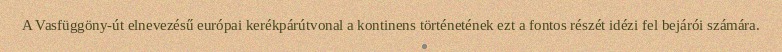
A Vasfüggöny-út elnevezésű európai kerékpárútvonal a kontinens történetének ezt a fontos részét idézi fel bejárói számára.